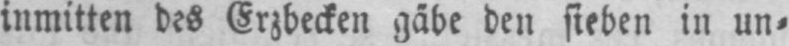
inmitten des Erzbecken gäbe den sieben in un⸗